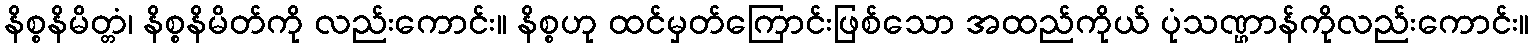
နိစ္စနိမိတ္တံ၊ နိစ္စနိမိတ်ကို လည်းကောင်း။ နိစ္စဟု ထင်မှတ်ကြောင်းဖြစ်သော အထည်ကိုယ် ပုံသဏ္ဌာန်ကိုလည်းကောင်း။